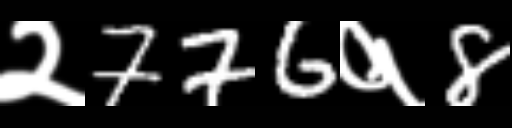
Text: २776१8